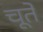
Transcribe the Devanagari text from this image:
चूते